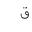
Letter: _qaf